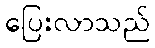
ပြေးလာသည်